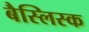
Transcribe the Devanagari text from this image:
बैस्लिस्क